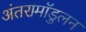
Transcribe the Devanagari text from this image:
अंतरामॉडुलन